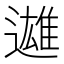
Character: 𨗑